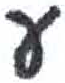
אות: ע